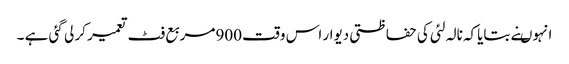
انہوںنے بتایاکہ نالہ لئی کی حفاظتی دیوار اس وقت 900مربع فٹ تعمیر کر لی گئی ہے ۔